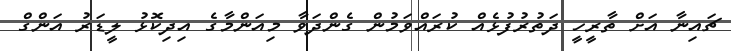
ޗައިނާ އަށް ތާރީހީ ދަތުރުފުޅެއް ކުރައްވަމުން ގެންދަވާ މިއަންމާގެ އިދިކޮޅު ލީޑަރު އަންގް